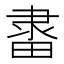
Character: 𨽶